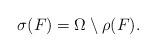
LaTeX: \begin{align*}\sigma(F) = \Omega \setminus \rho(F).\end{align*}